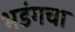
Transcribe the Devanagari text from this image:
भडंगचा